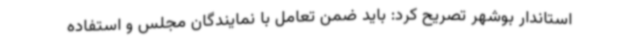
استاندار بوشهر تصریح کرد: باید ضمن تعامل با نمایندگان مجلس و استفاده